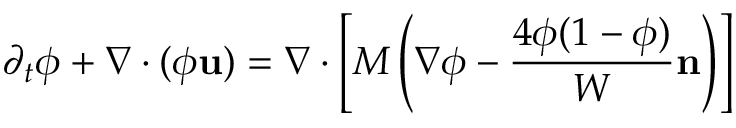
\partial _ { t } \phi + \nabla \cdot ( \phi \mathbf { u } ) = \nabla \cdot \left[ M \left( \nabla \phi - \frac { 4 \phi ( 1 - \phi ) } { W } \mathbf { n } \right) \right]